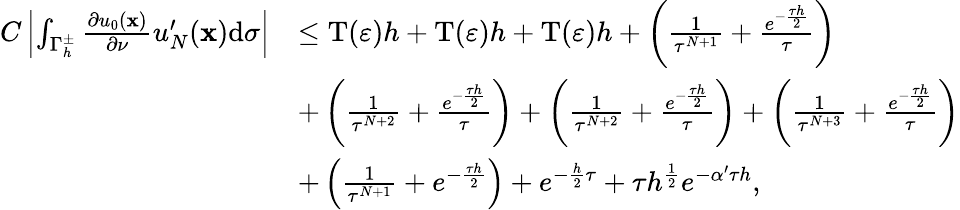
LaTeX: \begin{array}{rl}{C\left\vert\int_{{\Gamma_{h}^{\pm}}}{\frac{\partial{u_{0}}(\mathbf x)}{\partial\nu}}u_{N}^{\prime}(\mathbf x)\mathrm d\sigma\right\vert}&{\le\mathrm{T}(\varepsilon)h+\mathrm{T}(\varepsilon)h+\mathrm T(\varepsilon)h+\left({\frac{1}{{\tau^{N+1}}}}+{\frac{{e^{-{\frac{\tau h}{2}}}}}{\tau}}\right)}\\ &{+\left({\frac{1}{{\tau^{N+2}}}}+{\frac{{e^{-{\frac{\tau h}{2}}}}}{\tau}}\right)+\left({\frac{1}{{\tau^{N+2}}}}+{\frac{{e^{-{\frac{\tau h}{2}}}}}{\tau}}\right)+\left({\frac{1}{{\tau^{N+3}}}}+{\frac{{e^{-{\frac{\tau h}{2}}}}}{\tau}}\right)}\\ &{+\left({\frac{1}{{\tau^{N+1}}}}+{{{e^{-{\frac{\tau h}{2}}}}}}\right)+{e^{-{\frac{h}{2}}\tau}}+\tau{h^{{\frac{1}{2}}}}{e^{-\alpha^{\prime}\tau h}},}\end{array}